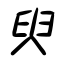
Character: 臾